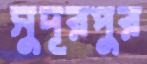
সুদূরপুর